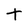
Character: t